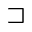
\sqsupset